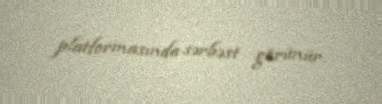
platformasında sərbəst görünür.